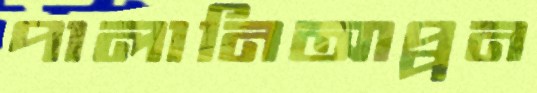
পালানিআপ্পন